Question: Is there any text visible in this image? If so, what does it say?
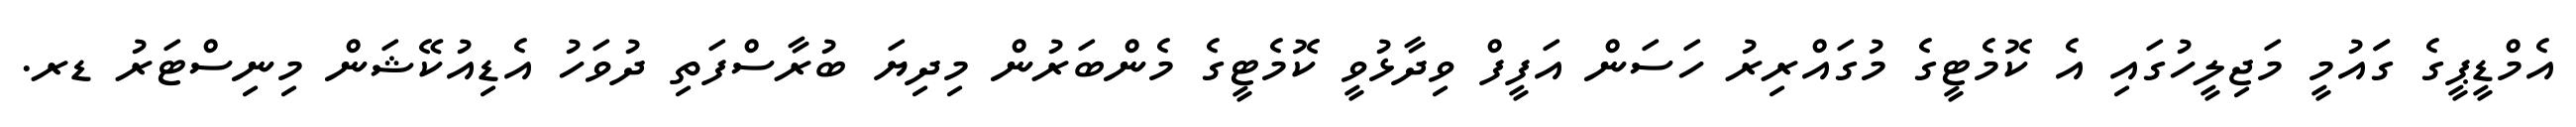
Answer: އެމްޑީޕީގެ ގަައުމީ މަޖިލީހުގައި އެ ކޮމެޓީގެ މުގައްރިރު ހަސަން އަފީފް ވިދާޅުވީ ކޮމެޓީގެ މެންބަރުން މިދިޔަ ބުރާސްފަތި ދުވަހު އެޑިއުކޭޝަން މިނިސްޓަރު ޑރ.